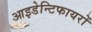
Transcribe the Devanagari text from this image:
आइडेन्टिफायरों